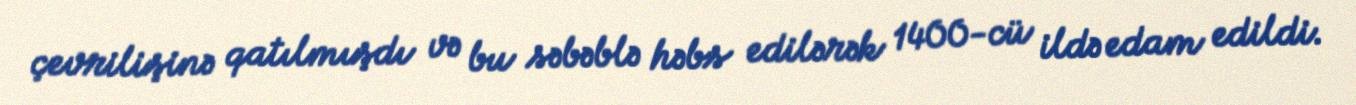
çevrilişinə qatılmışdı və bu səbəblə həbs edilərək 1400-cü ildə edam edildi.